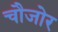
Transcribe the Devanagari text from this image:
चौजोर